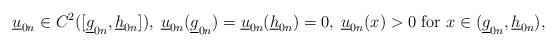
LaTeX: \begin{align*}\underline u_{0n}\in C^2([\underline g_{0n}, \underline h_{0n}]),\; \underline u_{0n}(\underline g_{0n})=\underline u_{0n}(\underline h_{0n})=0,\; \underline u_{0n}(x)>0 \mbox{ for } x\in (\underline g_{0n}, \underline h_{0n}),\end{align*}